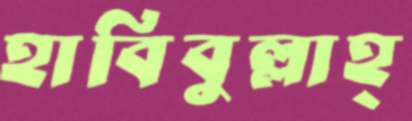
হাবিবুল্লাহ্